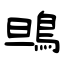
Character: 鴠